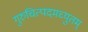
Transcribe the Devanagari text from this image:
गुरुचित्पदमच्युतम्